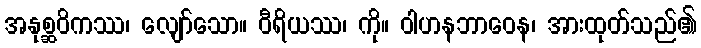
အနုစ္ဆဝိကဿ၊ လျော်သော။ ဝီရိယဿ၊ ကို။ ဝါဟနဘာဝေန၊ အားထုတ်သည်၏